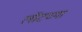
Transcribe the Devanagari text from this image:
लॉटच्या